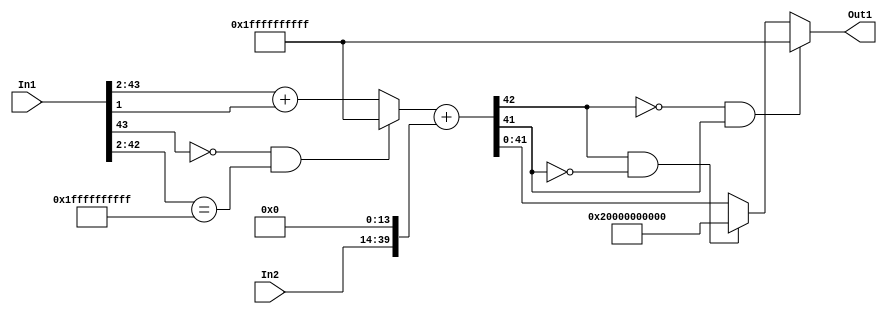
// -------------------------------------------------------------
// 
// 
// Generated by MATLAB 9.14 and HDL Coder 4.1
// 
// -------------------------------------------------------------


// -------------------------------------------------------------
// 
// Module: suma4_block
// Source Path: FP_sub/fp model/IIR_section_2/suma4
// Hierarchy Level: 2
// 
// -------------------------------------------------------------

`timescale 1 ns / 1 ns

module suma4_block
          (In1,
           In2,
           Out1);


  input   signed [43:0] In1;  // sfix44_En33
  input   signed [25:0] In2;  // sfix26_En17
  output  signed [41:0] Out1;  // sfix42_En31


  wire signed [41:0] suma4_add_cast;  // sfix42_En31
  wire signed [42:0] suma4_add_cast_1;  // sfix43_En31
  wire signed [41:0] suma4_add_cast_2;  // sfix42_En31
  wire signed [42:0] suma4_add_cast_3;  // sfix43_En31
  wire signed [42:0] suma4_add_temp;  // sfix43_En31
  wire signed [41:0] suma4_out1;  // sfix42_En31


  assign suma4_add_cast = ((In1[43] == 1'b0) && (In1[42:2] == 41'h1FFFFFFFFFF) ? 42'sh1FFFFFFFFFF :
              In1[43:2] + $signed({1'b0, In1[1]}));
  assign suma4_add_cast_1 = {suma4_add_cast[41], suma4_add_cast};
  assign suma4_add_cast_2 = {{2{In2[25]}}, {In2, 14'b00000000000000}};
  assign suma4_add_cast_3 = {suma4_add_cast_2[41], suma4_add_cast_2};
  assign suma4_add_temp = suma4_add_cast_1 + suma4_add_cast_3;
  assign suma4_out1 = ((suma4_add_temp[42] == 1'b0) && (suma4_add_temp[41] != 1'b0) ? 42'sh1FFFFFFFFFF :
              ((suma4_add_temp[42] == 1'b1) && (suma4_add_temp[41] != 1'b1) ? 42'sh20000000000 :
              $signed(suma4_add_temp[41:0])));



  assign Out1 = suma4_out1;

endmodule  // suma4_block